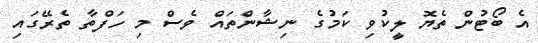
އެ ބޯޓުން ތެޔޮ ލީކުވި ކަމުގެ ނިޝާންތައް ވެސް މި ހަފްތާ ތެރޭގައި